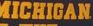
MICHIGAN